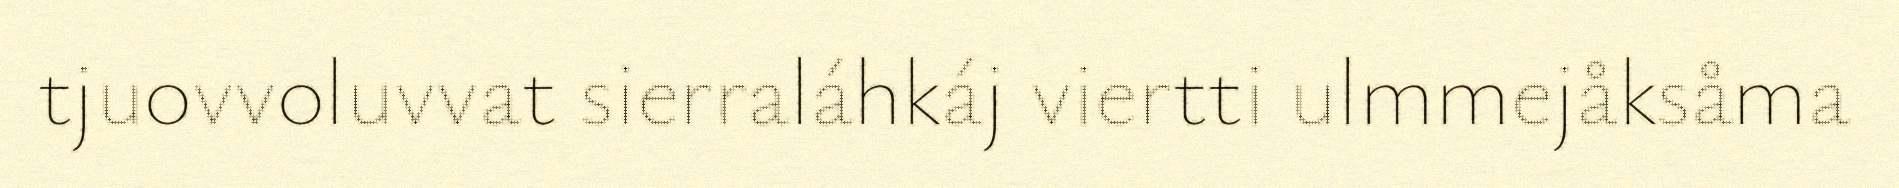
tjuovvoluvvat sierraláhkáj viertti ulmmejåksåma